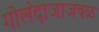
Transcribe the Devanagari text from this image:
गोलंदाजाजवळ